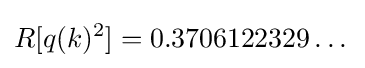
R[q(k)^{2}]=0.3706122329\dots